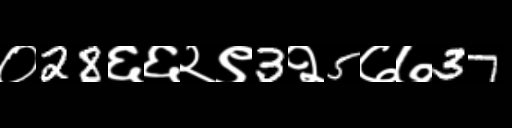
Text: ०28६६२९3२5७७37